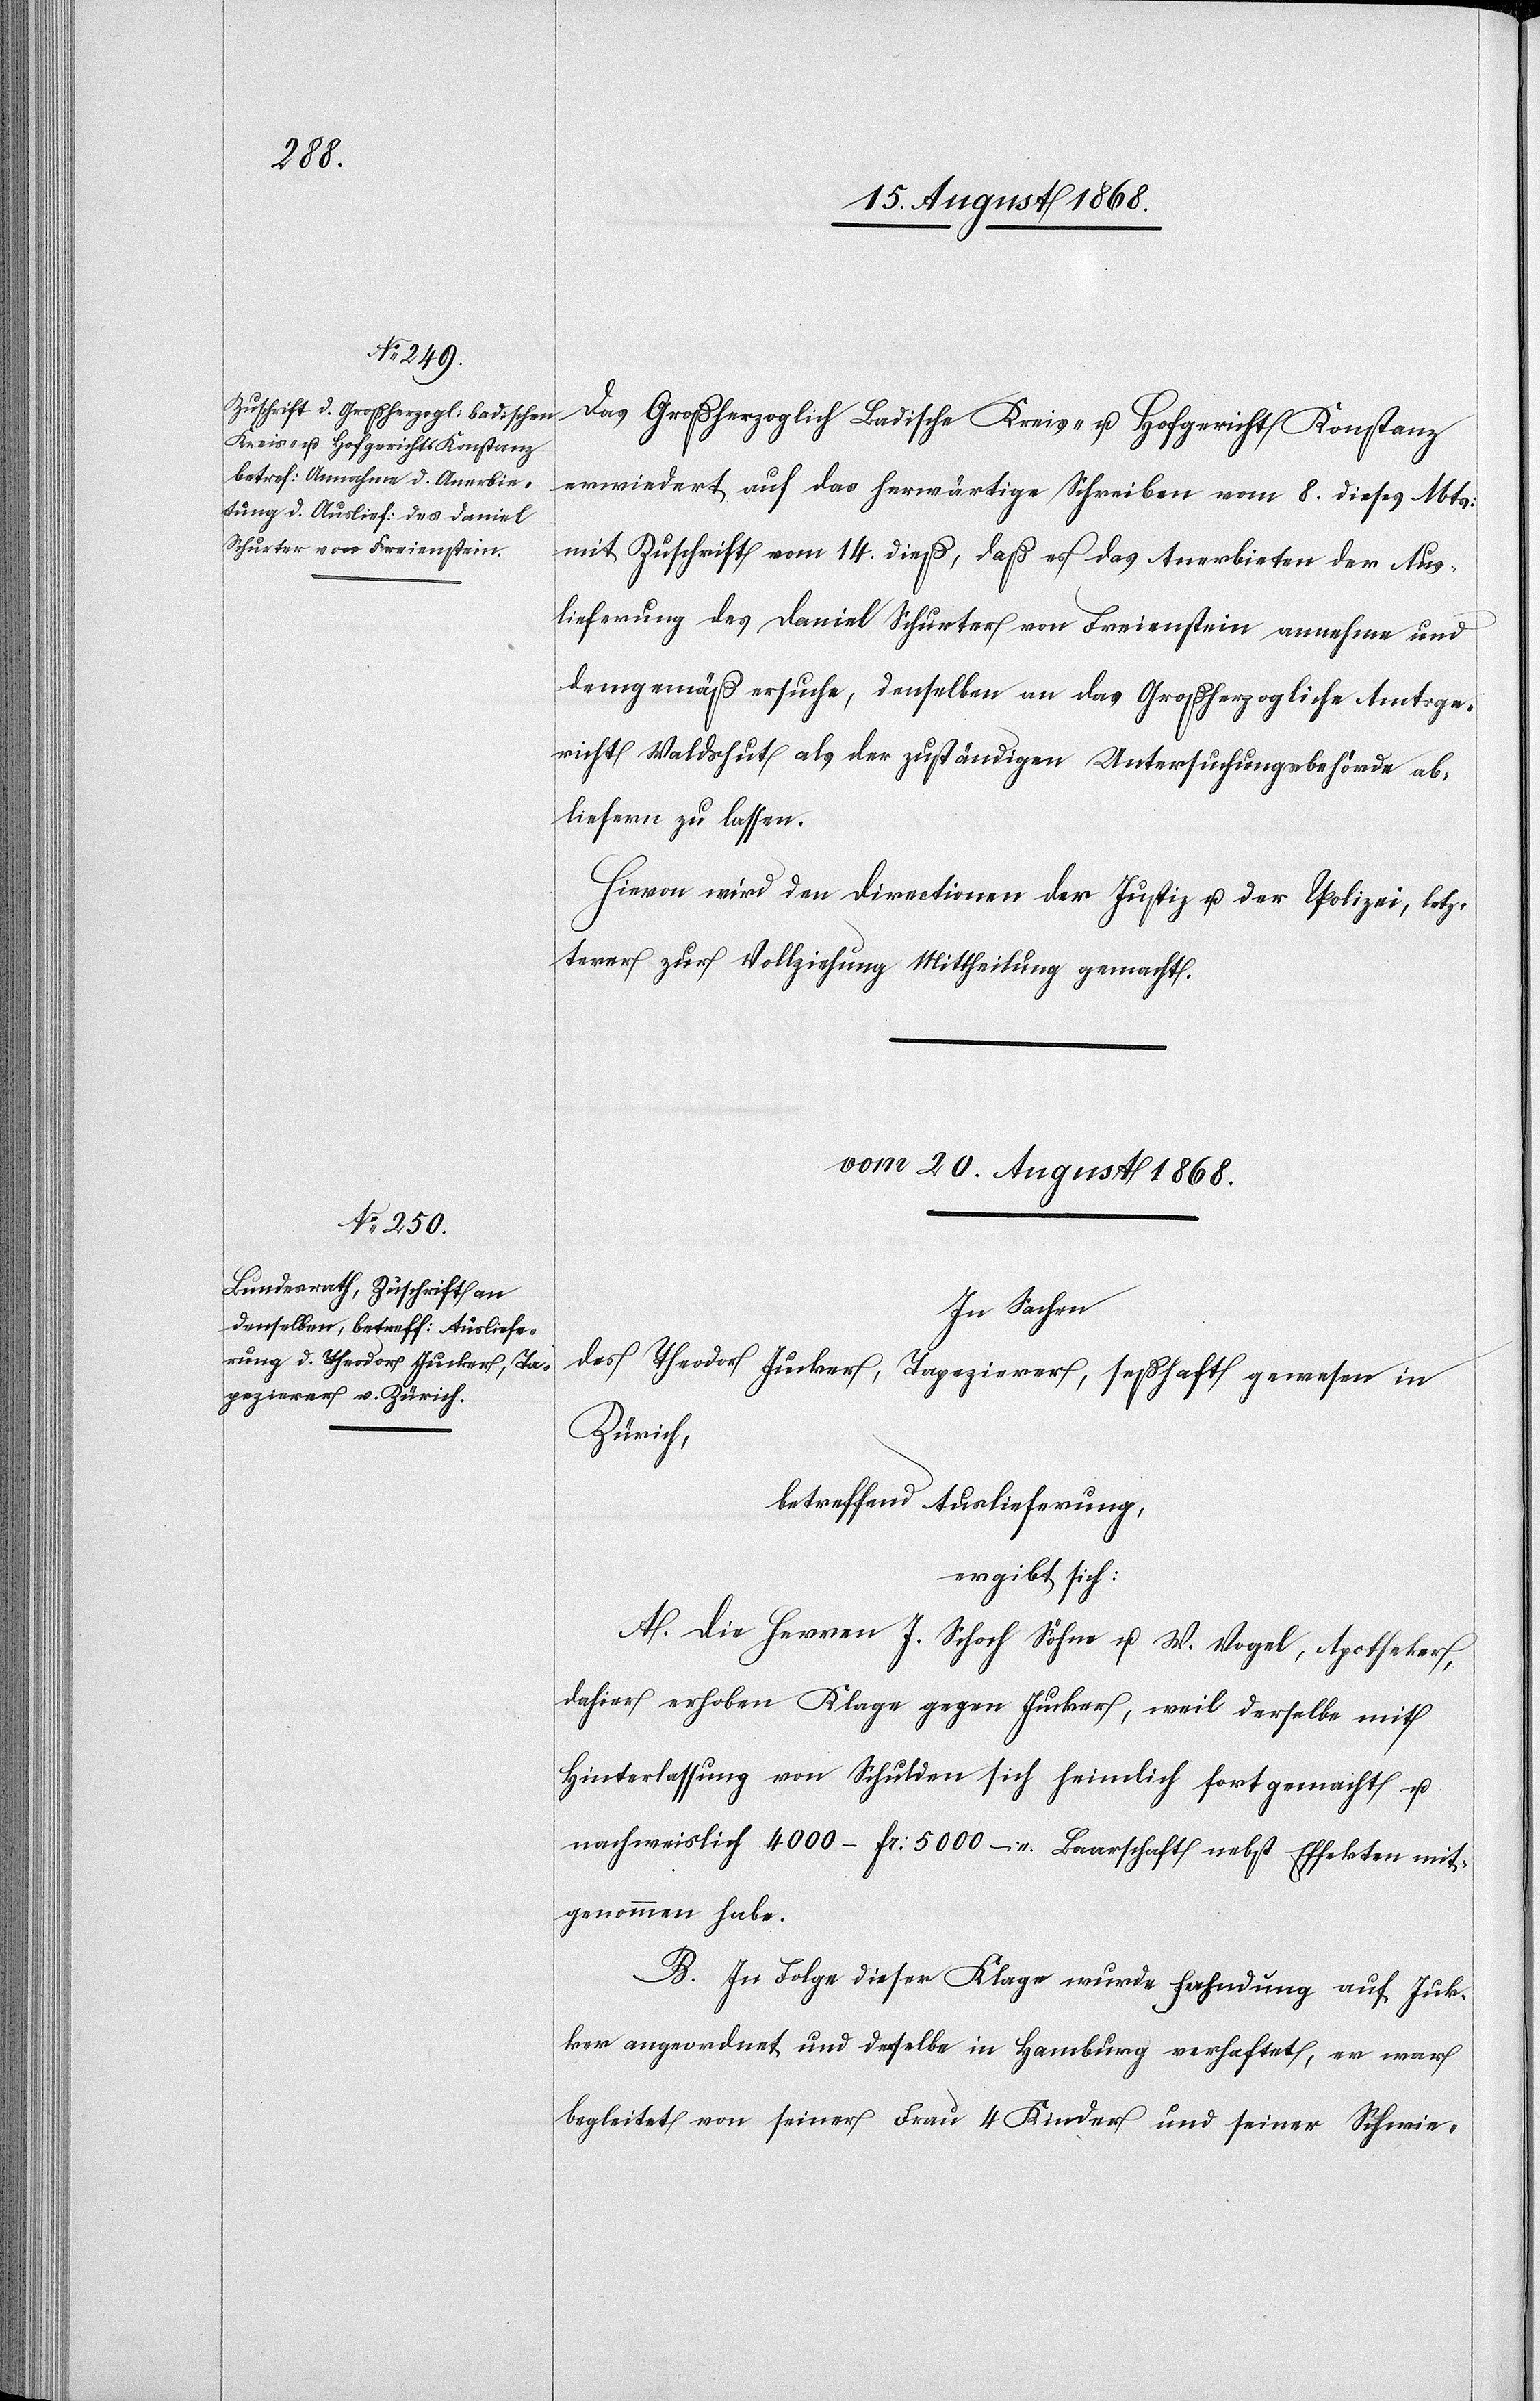
Das Großherzoglich Badische Kreis- u. Hofgericht Konstanz
erwiedert auf das herwärtige Schreiben vom 8. dieses Mts:
mit Zuschrift vom 14. dieß, daß es das Anerbieten der Aus¬
lieferung des Daniel Schurter von Freienstein annehme und
demgemäß ersuche, denselben an das Großherzogliche Amtsge¬
richt Waldshut als der zuständigen Untersuchungsbehörde ab¬
liefern zu lassen.
Hievon wird den Directionen der Justiz u. der Polizei, letz¬
terer zur Vollziehung Mittheilung gemacht.
vom 20. August 1868.
In Sachen
des Theodor Jucker, Tapezierer, seßhaft gewesen in
Zürich,
betreffend Auslieferung,
ergibt sich:
A. Die Herren J. Schoch Söhne u. V. Vogel, Apotheker,
dahier erhoben Klage gegen Jucker, weil derselbe mit
Hinterlassung von Schulden sich heimlich fortgemacht u.
nachweislich 4000–Fr: 5000 – Baarschaft nebst Effekten mit¬
genommen habe.
B. In Folge dieser Klage wurde Fahndung auf Juc¬
ker angeordnet und derselbe in Hamburg verhaftet, er war
begleitet von seiner Frau[,] 4 Kinder und seiner Schwie-